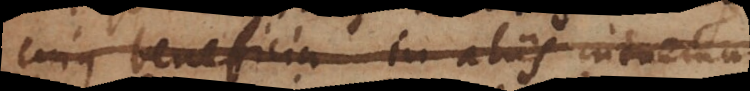
cujus beneficia in aliis intuemur,